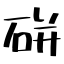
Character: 硑